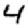
Digit: 4